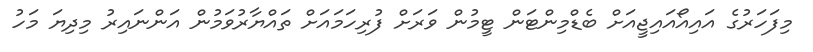
މިފަހަރުގެ އައިއޯއައިޖީއަށް ބެޑްމިންޓަން ޓީމުން ވަރަށް ފުރިހަމައަށް ތައްޔާރުވަމުން އަންނައިރު މިދިޔަ މަހު